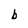
Character: b